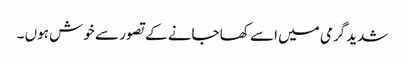
شدید گرمی میں اسے کھا جانے کے تصور سے خوش ہوں ۔